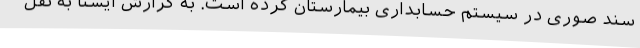
سند صوری در سیستم حسابداری بیمارستان کرده است. به گزارش ایسنا به نقل